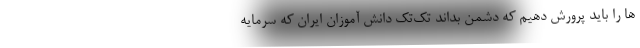
ها را باید پرورش دهیم که دشمن بداند تک‌تک دانش آموزان ایران که سرمایه